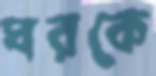
ঘরকে